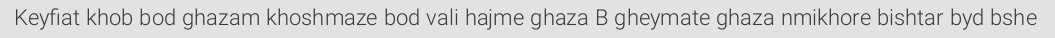
Keyfiat khob bod ghazam khoshmaze bod vali hajme ghaza B gheymate ghaza nmikhore bishtar byd bshe